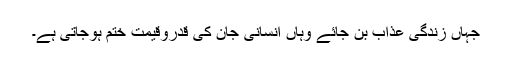
جہاں زندگی عذاب بن جائے وہاں انسانی جان کی قدروقیمت ختم ہوجاتی ہے۔